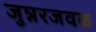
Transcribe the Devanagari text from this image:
जुन्नरजवळ